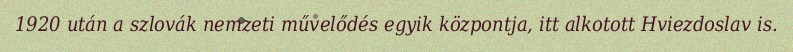
1920 után a szlovák nemzeti művelődés egyik központja, itt alkotott Hviezdoslav is.